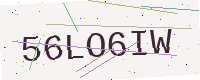
Text: 56LO6IW